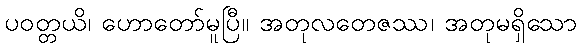
ပဝတ္တယိ၊ ဟောတော်မူပြီ။ အတုလတေဇဿ၊ အတုမရှိသော